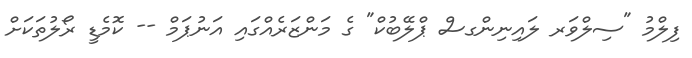
ފިލްމު "ސިލްވަރ ލައިނިންގސް ޕްލޭބުކް" ގެ މަންޒަރެއްގައި އަނުޕަމް -- ކޮމެޑީ ރޯލުތަކަށް